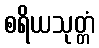
စရိယသုတ္တံ